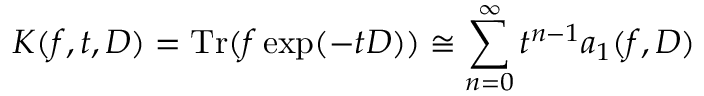
K ( f , t , D ) = \mathrm { T r } ( f \exp ( - t D ) ) \cong \sum _ { n = 0 } ^ { \infty } t ^ { n - 1 } a _ { 1 } ( f , D )